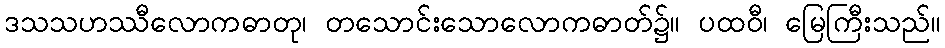
ဒသသဟဿီလောကဓာတု၊ တသောင်းသောလောကဓာတ်၌။ ပထဝီ၊ မြေကြီးသည်။